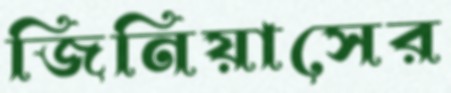
জিনিয়াসের